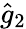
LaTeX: \hat{g}_{2}